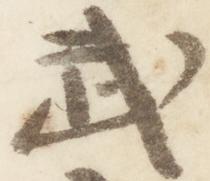
武